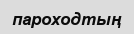
пароходтың